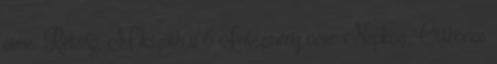
címe: Rétság, Mikszáth u 6 Intézmény neve: Napközi Otthonos